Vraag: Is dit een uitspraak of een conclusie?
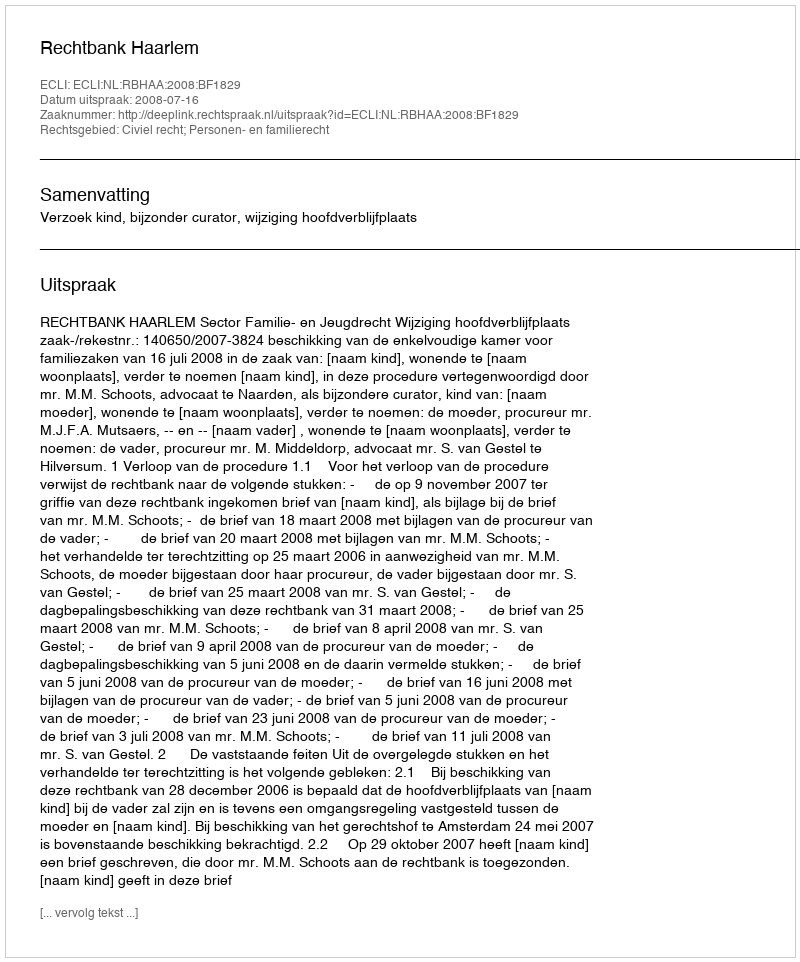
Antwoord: Uitspraak